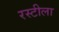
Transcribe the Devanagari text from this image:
रस्टीला